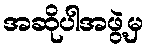
အဆိုပါအဖွဲ့မှ